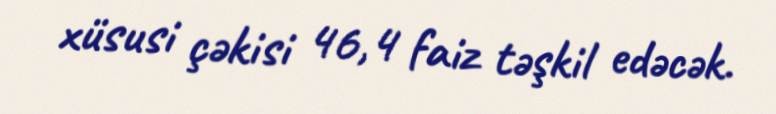
xüsusi çəkisi 46,4 faiz təşkil edəcək.